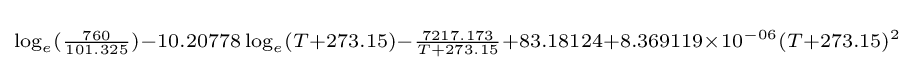
\scriptstyle \log _{e}({\frac {760}{101.325}})-10.20778\log _{e}(T+273.15)-{\frac {7217.173}{T+273.15}}+83.18124+8.369119\times 10^{-06}(T+273.15)^{2}